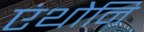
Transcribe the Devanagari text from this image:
एंथोनि